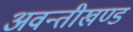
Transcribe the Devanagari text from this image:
अवन्तीखण्ड